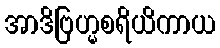
အာဒိဗြဟ္မစရိယိကာယ